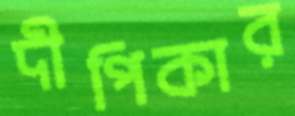
দীপিকার